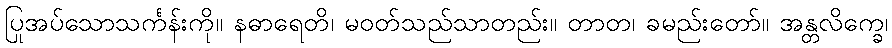
ပြုအပ်သောသင်္ကန်းကို။ နဓာရေတိ၊ မဝတ်သည်သာတည်း။ တာတ၊ ခမည်းတော်။ အန္တလိက္ခေ၊